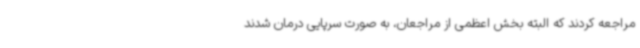
مراجعه کردند که البته بخش اعظمی از مراجعان، به صورت سرپایی درمان شدند